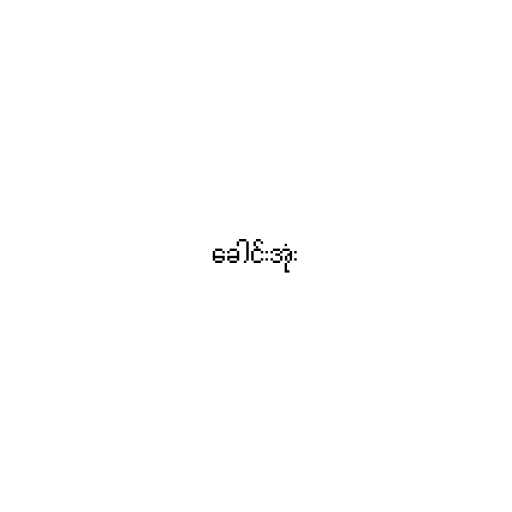
ခေါင်းအုံး